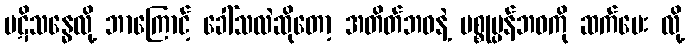
ပဋိသန္ဓေလို့ ဘာကြောင့် ခေါ်သလဲဆိုတော့ အတိတ်ဘဝနဲ့ ပစ္စုပ္ပန်ဘဝကို ဆက်ပေး လို့